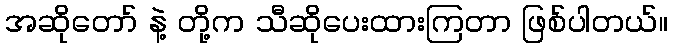
အဆိုတော် နဲ့ တို့က သီဆိုပေးထားကြတာ ဖြစ်ပါတယ်။